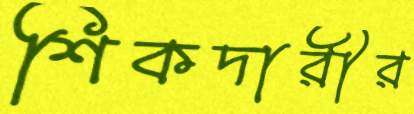
শিকদারীর